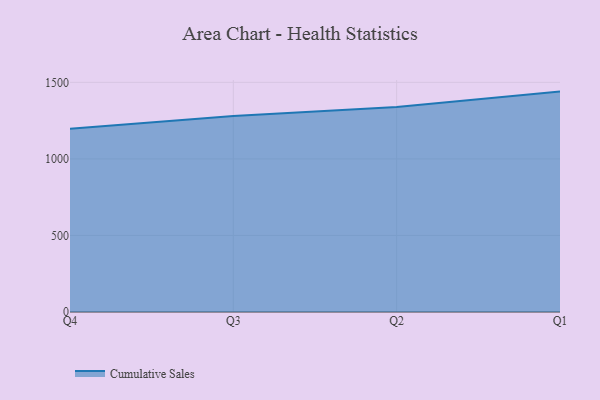
{"axis": {"x": "Quarter", "y": "Inventory Turnover"}, "legend": ["Cumulative Sales"], "data": [{"x": "Q4", "y": 1197.5, "type": "Cumulative Sales"}, {"x": "Q3", "y": 1280.4, "type": "Cumulative Sales"}, {"x": "Q2", "y": 1339.6, "type": "Cumulative Sales"}, {"x": "Q1", "y": 1439.7, "type": "Cumulative Sales"}]}